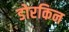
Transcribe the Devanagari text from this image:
डोरकिन